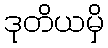
ဒုတိယမှိ